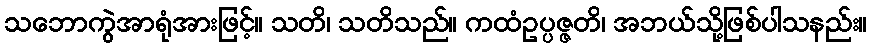
သဘောကွဲအာရုံအားဖြင့်။ သတိ၊ သတိသည်။ ကထံဥပ္ပဇ္ဇတိ၊ အဘယ်သို့ဖြစ်ပါသနည်း။